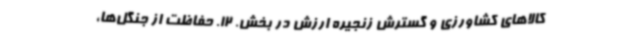
کالاهای کشاورزی و گسترش زنجیره ارزش در بخش. 12. حفاظت از جنگل‌ها،